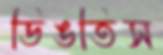
ডিঙতিস